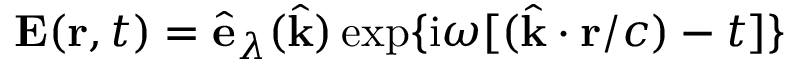
\mathbf { E } ( \mathbf { r } , t ) = \hat { \mathbf { e } } _ { \lambda } ( \hat { \mathbf { k } } ) \exp \{ { \mathrm { i } \omega [ ( \hat { \mathbf { k } } \cdot \mathbf { r } / c ) - t } ] \}